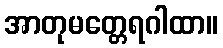
အာတုမတ္တေရဂါထာ။